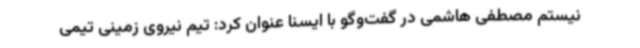
نیستم مصطفی هاشمی در گفت‌وگو با ایسنا عنوان کرد: تیم نیروی زمینی تیمی